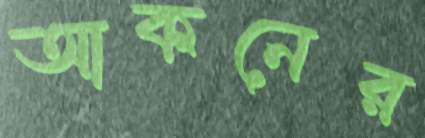
আকনের